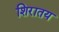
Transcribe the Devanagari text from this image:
शिरातय